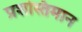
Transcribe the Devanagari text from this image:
प्रशस्तिमान